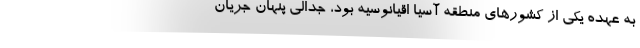
به عهده یکی از کشورهای منطقه آسیا اقیانوسیه بود، جدالی پنهان جریان